Burma Government Medical School reports 1923-41
Year: 1923
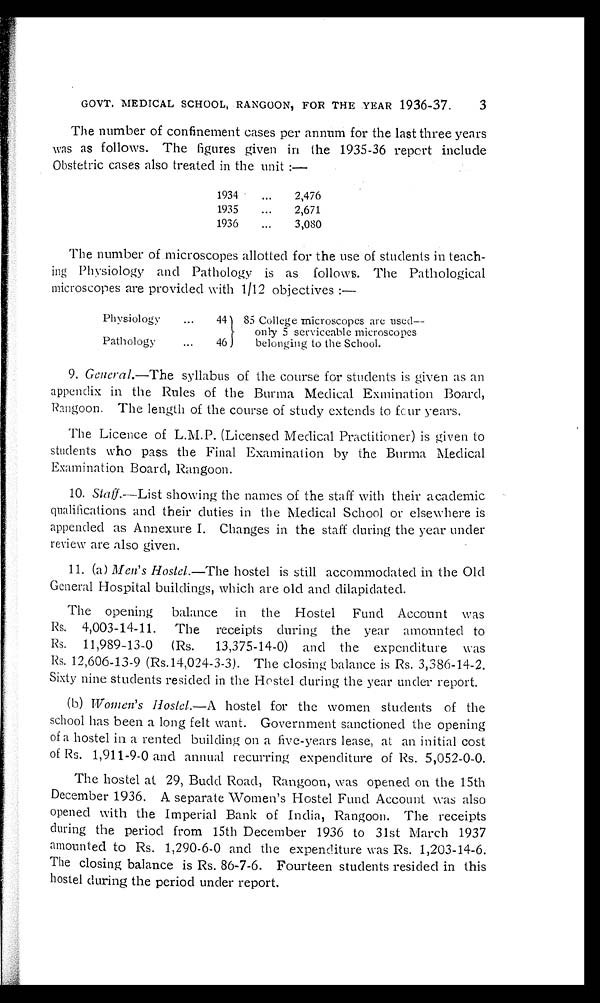
3
GOVT. MEDICAL SCHOOL, RANGOON, FOR THE YEAR 1936-37.
The number of confinement cases per annum for the last three years
was as follows. The figures given in the 1935-36 report include
Obstetric cases also treated in the unit :—
1934 . . .
2,476
1935 . . .
2,671
1936 . . .
3,080
The number of microscopes allotted for the use of students in teach
-ing Physiology and Pathology is as follows. The Pathological
microscopes are provided with 1/12 objectives :—
Physiology . . .
44
85 College microscopes are used —
only 5 serviceable microscopes
belonging to the School.
Pathology . . .
46
9. Genera1 .—The syllabus of the course for students is given as an
appendix in the Rules of the Burma Medical Exmination Board,
Rangoon. The length of the course of study extends to four years.
The Licence of L.M.P. (Licensed Medical Practitioner) is given to
students who pass the Final Examination by the Burma Medical
Examination Board, Rangoon.
10. Staff.—List showing the names of the staff with their academic
qualifications and their duties in the Medical School or elsewhere is
appended as Annexure I. Changes in the staff during the year under
review are also given.
11. (a) Men's Hostel .—The hostel is still accommodated in the Old
General Hospital buildings, which are old and dilapidated.
The opening balance in the Hostel Fund Account was
Rs.4,003-14-11. The receipts during the year amounted to
Rs.11,989-13-0 (Rs.13,375-14-0) and the expenditure was
Rs. 12,606-13-9 (Rs.14,024-3-3). The closing balance is Rs. 3,386-14-2.
Sixty nine students resided in the Hostel during the year under report.
(b) Women's Hostel .—A hostel for the women students of the
school has been a long felt want. Government sanctioned the opening
of a hostel in a rented building on a five-years lease, at an initial cost
of Rs. 1,911-9-0 and annual recurring expenditure of Rs. 5,052-0-0.
The hostel at 29, Budd Road, Rangoon, was opened on the 15th
December 1936. A separate Women's Hostel Fund Account was also
opened with the Imperial Bank of India, Rangoon. The receipts
during the period from 15th December 1936 to 31st March 1937
amounted to Rs. 1,290-6-0 and the expenditure was Rs. 1,203-14-6.
The closing balance is Rs. 86-7-6. Fourteen students resided in this
hostel during the period under report.